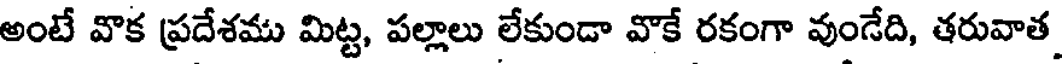
అంటే వొక ప్రదేశము మిట్ట, పల్లాలు లేకుండా వొకే రకంగా వుండేది, తరువాత